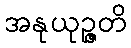
အနုယုဉ္ဇတိ